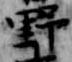
野